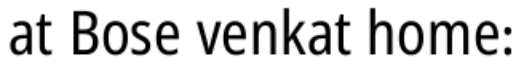
at Bose venkat home: